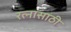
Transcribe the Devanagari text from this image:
रत्‍नासाठी